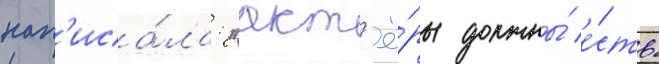
нап'иса́ла: "акт'ё́ры должны́ е́сть